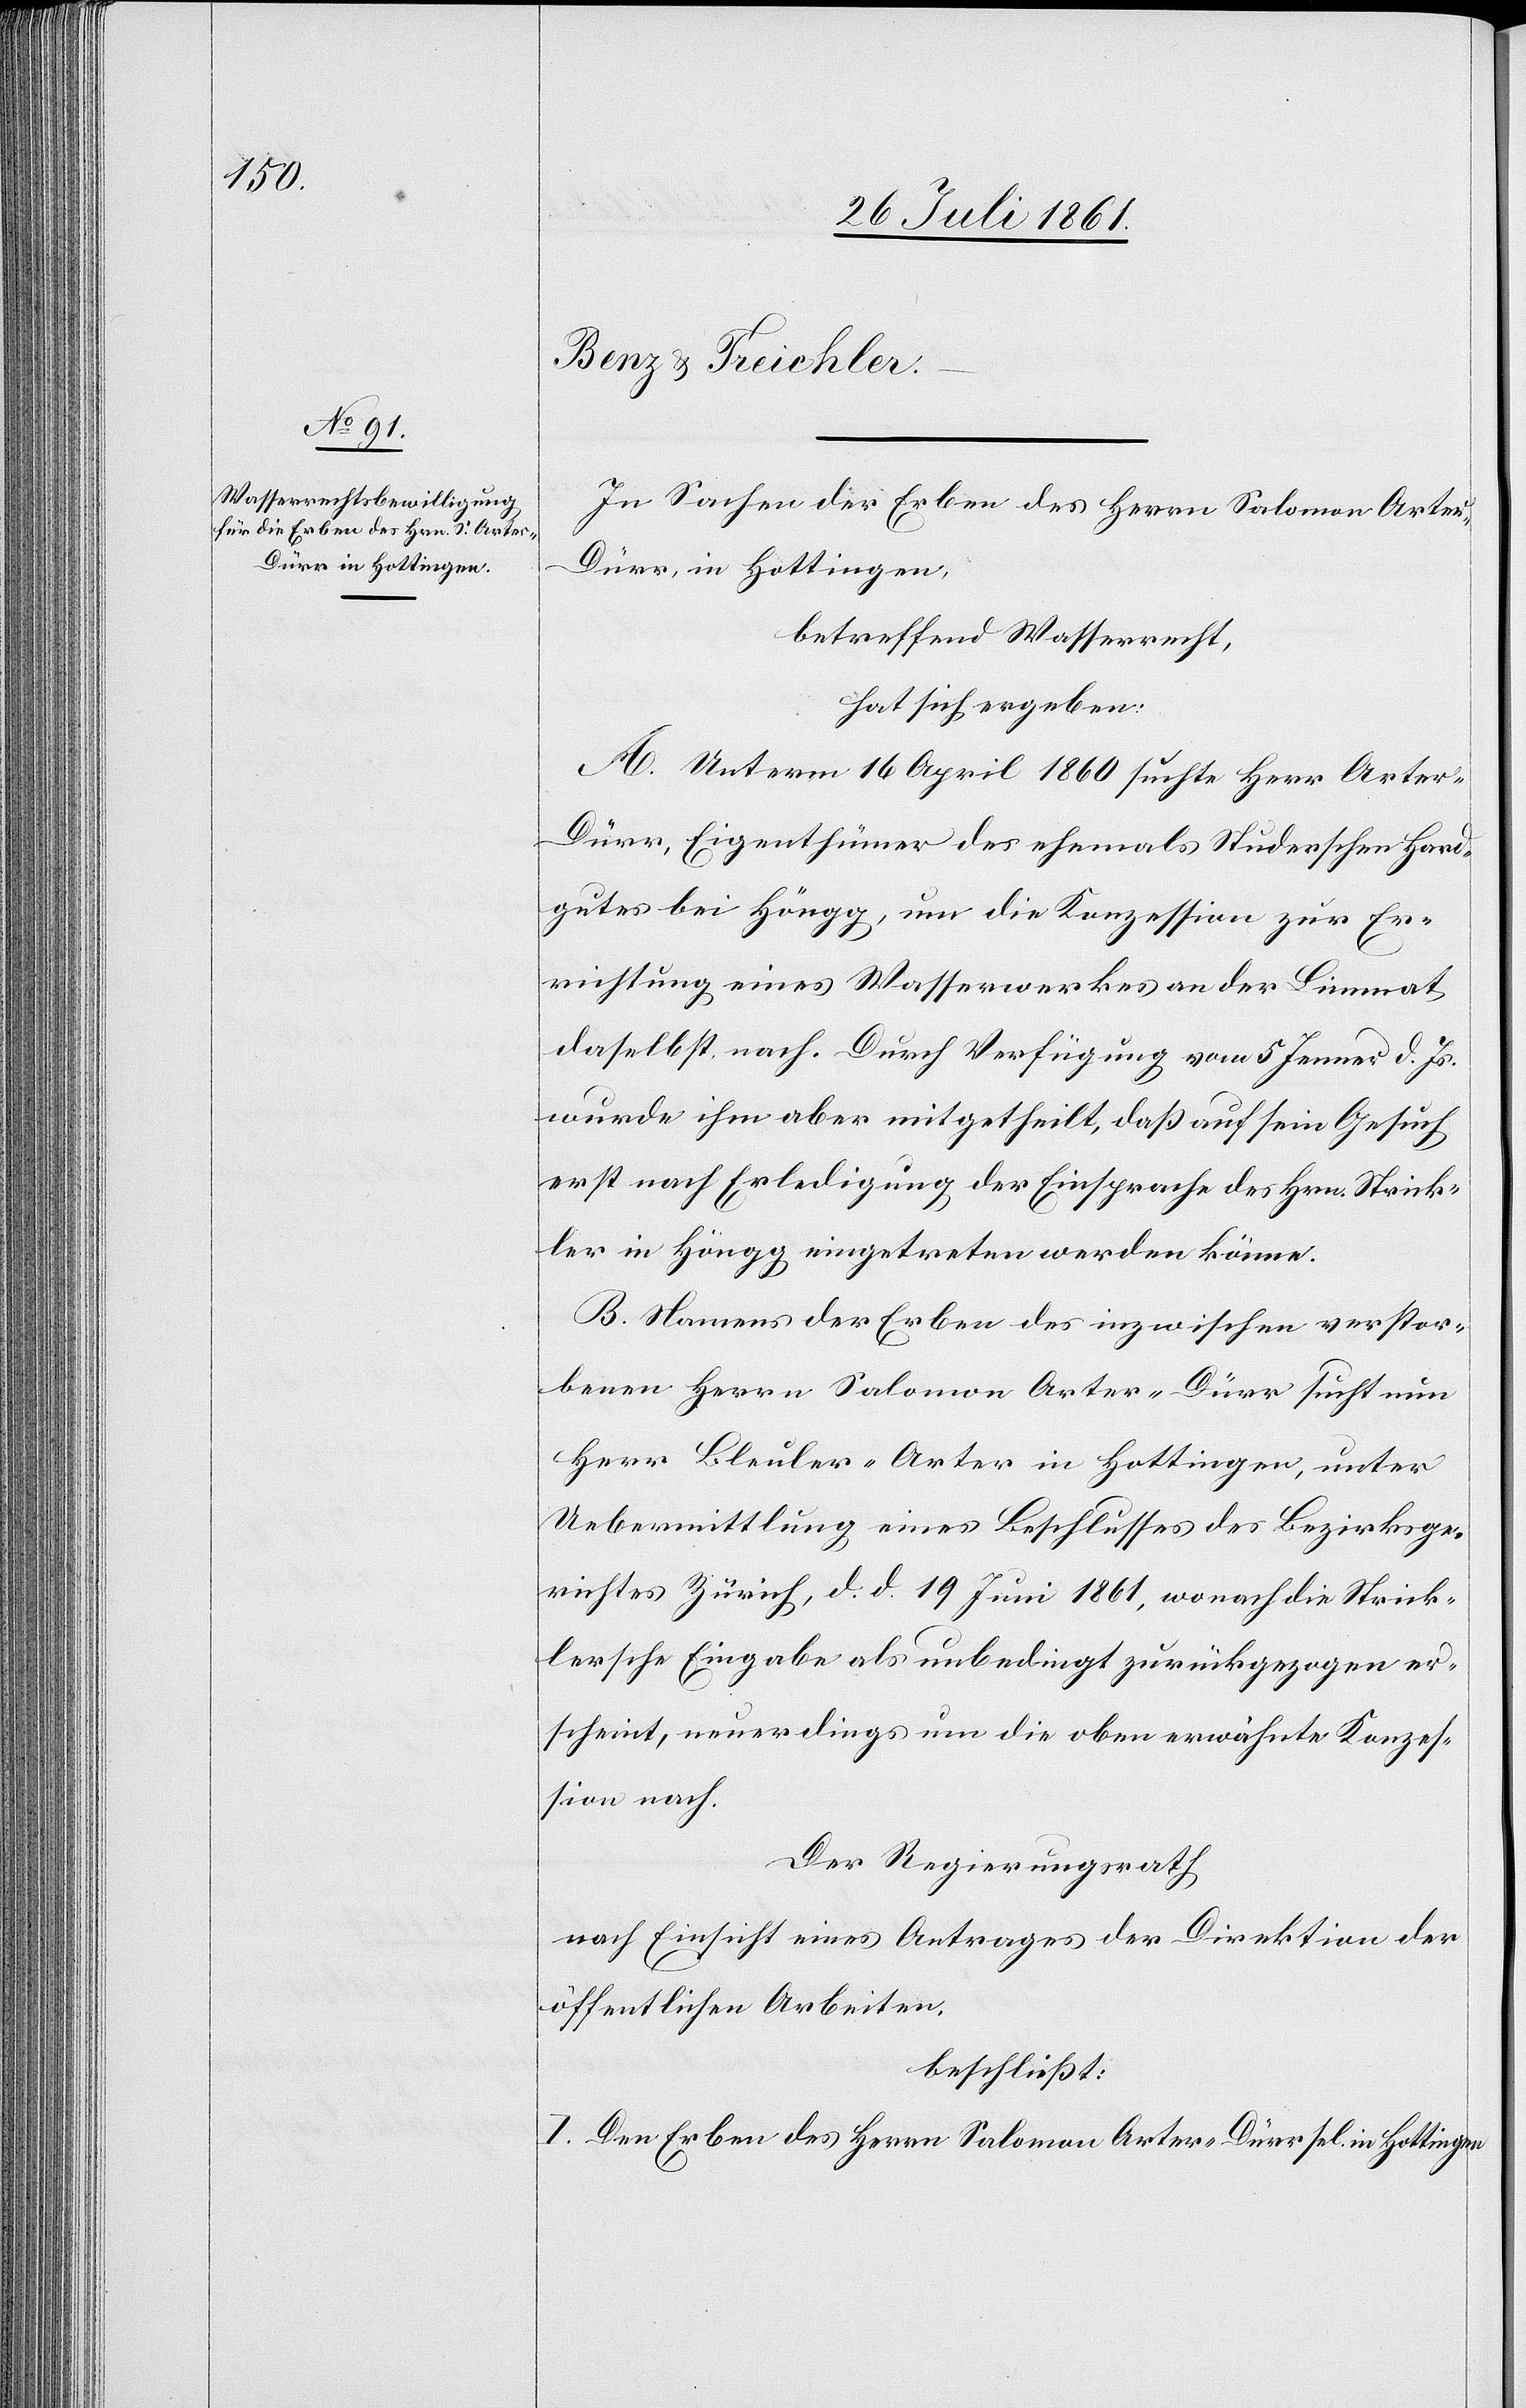
In Sachen der Erben des Herrn Salomon Arte¬
r-Dürr, in Hottingen,
betreffend Wasserrecht,
hat sich ergeben:
A. Unterm 16 April 1860 sucht Herr Arter-D¬
ürr, Eigenthümer des ehemals Studerschen Hard¬
gutes bei Höngg, um die Konzession zur Er¬
richtung eines Wasserwerkes an der Limmat
daselbst nach. Durch Verfügung vom 5 Jenner d. Js.
wurde ihm aber mitgetheilt, daß auf sein Gesuch
erst nach Erledigung der Einsprache des Hrn. Strick¬
ler in Höngg eintreten werden könne.
B. Namens der Erben des inzwischen verstor¬
benen Herrn Salomon Arter-Dürr sucht nun
Herr Bleuler-Arter in Hottingen, unter
Uebermittlung eines Beschlusses des Bezirksge¬
richtes Zürich, d. d. 19 Juni 1861, wonach die Strick¬
lersche Eingabe als unbedingt zurückgezogen er¬
scheint, neuerdings um die oben erwähnte Konzes¬
sion nach.
Der Regierungsrath
nach Einsicht eines Antrages der Direktion der
öffentlichen Arbeiten,
beschließt:
I. Den Erben des Herrn Salomon Arter-Dürr sel. in Hottingen